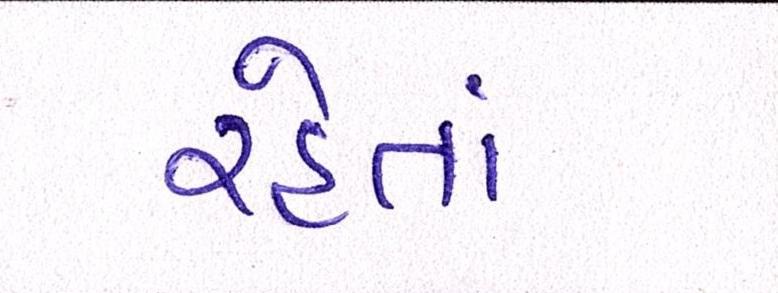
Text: રહેતાં